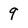
Character: 9